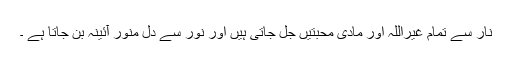
نار سے تمام غیراللہ اور مادی محبتیں جل جاتی ہیں اور نور سے دل منور آئینہ بن جاتا ہے ۔